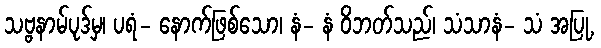
သဗ္ဗနာမ်ပုဒ်မှ၊ ပရံ- နောက်ဖြစ်သော၊ နံ- နံ ဝိဘတ်သည်၊ သံသာနံ- သံ အပြု,